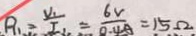
R _ { 1 } = \frac { V _ { 1 } } { I _ { 1 } } = \frac { 6 V } { 0 . 4 A } = 1 5 \Omega